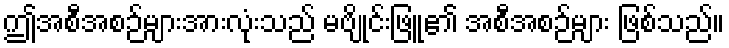
ဤအစီအစဉ်များအားလုံးသည် မဗျိုင်းဖြူ၏ အစီအစဉ်များ ဖြစ်သည်။